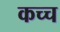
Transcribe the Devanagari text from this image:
कच्च